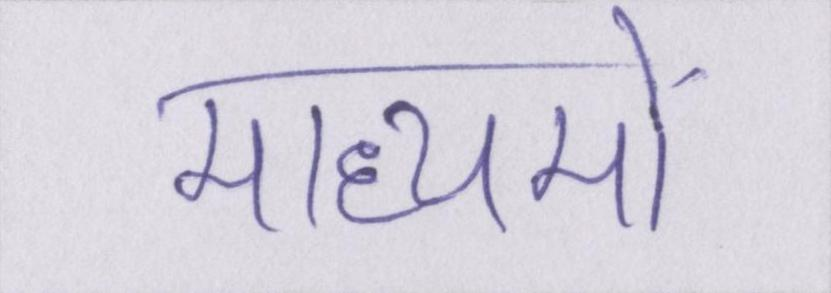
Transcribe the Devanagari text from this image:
माध्यमों